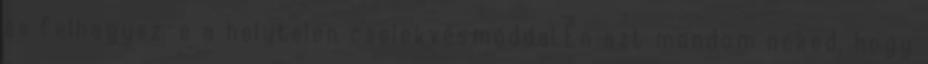
és felhagysz-e a helytelen cselekvésmóddal.Én azt mondom neked, hogy